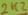
Text: 2K2